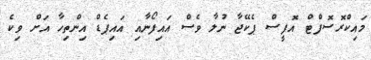
މައިކްރޮސޮފްޓް އޮފީސް ޕެކޭޖާ ނުލާ ވެސް އައިފޯނާއި އައިޕެޑް އިންތިހާ އަށް ވިކެ